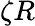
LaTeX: \zeta R